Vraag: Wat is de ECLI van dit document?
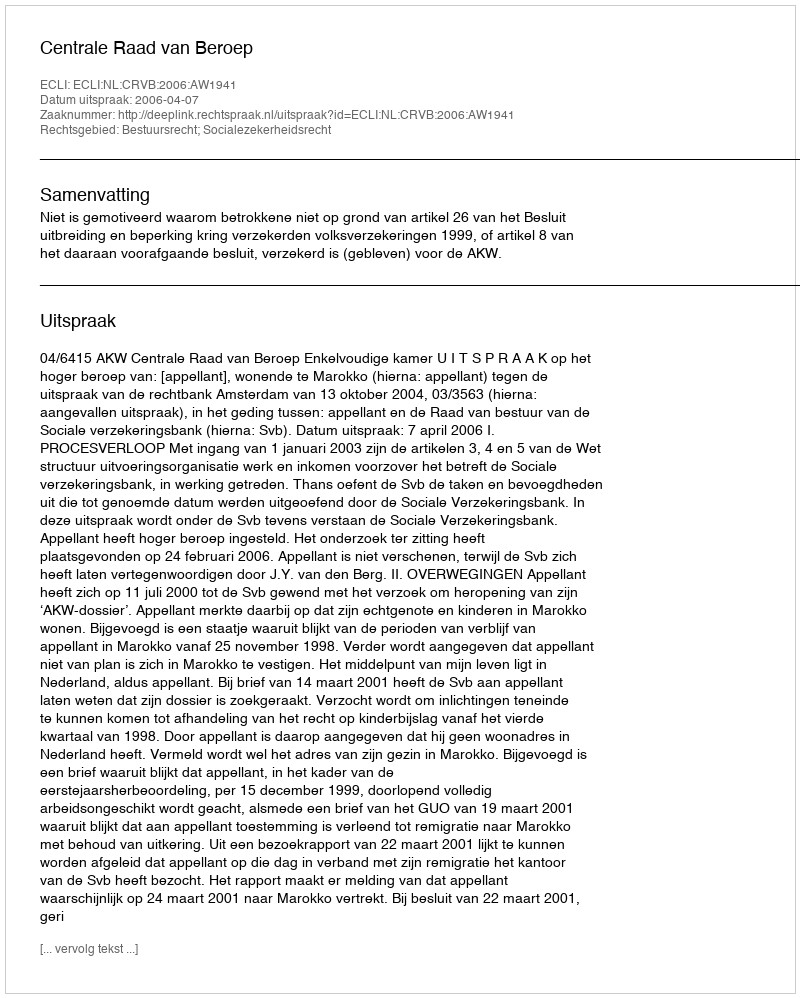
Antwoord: ECLI:NL:CRVB:2006:AW1941